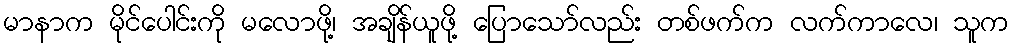
မာနာက မိုင်ပေါင်းကို မလောဖို့၊ အချိန်ယူဖို့ ပြောသော်လည်း တစ်ဖက်က လက်ကာလေ၊ သူက